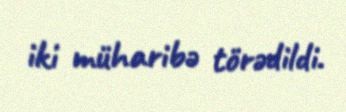
iki müharibə törədildi.